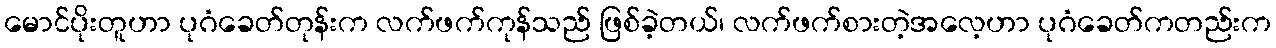
မောင်ပိုးတူဟာ ပုဂံခေတ်တုန်းက လက်ဖက်ကုန်သည် ဖြစ်ခဲ့တယ်၊ လက်ဖက်စားတဲ့အလေ့ဟာ ပုဂံခေတ်ကတည်းက